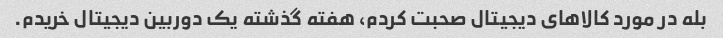
بله در مورد کالاهای دیجیتال صحبت کردم، هفته گذشته یک دوربین دیجیتال خریدم.